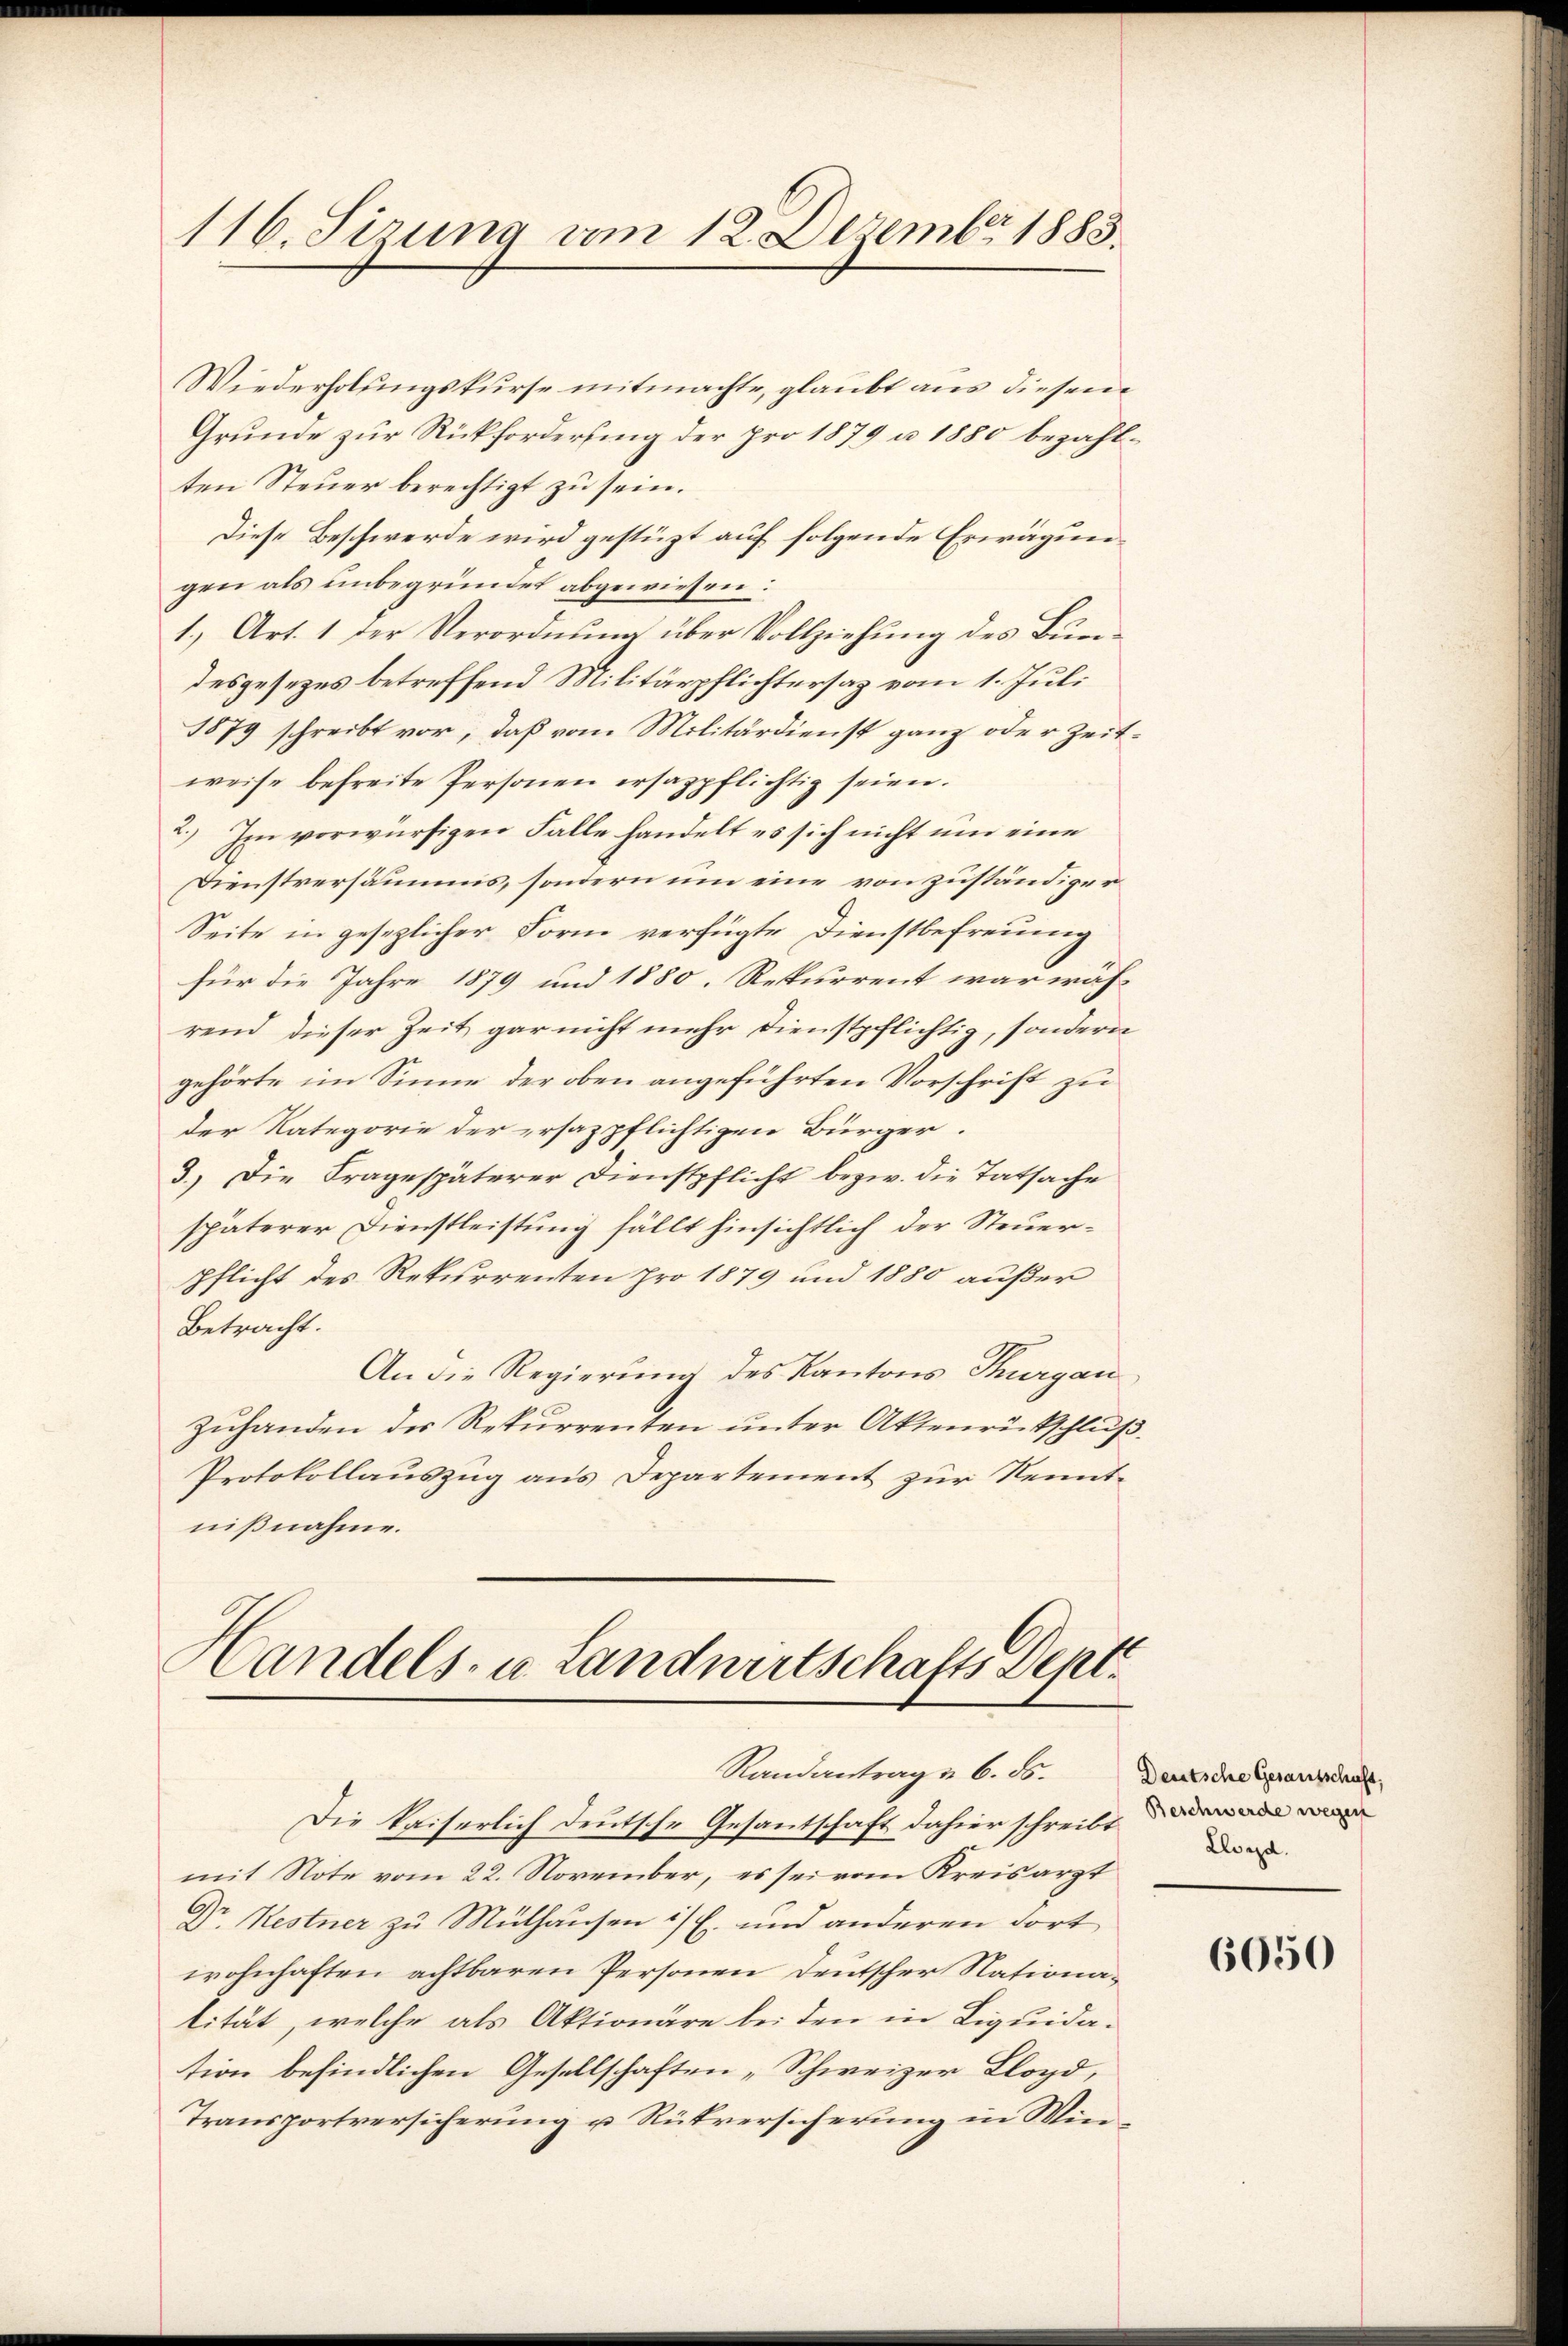
116. Serena vom 12. Dezember 1883.

Wiederholungskurse mitmachte, glaubt aus diesem
Grunde zur Rückforderung der pro 1879 u 1880 bezahlten Steuer berechtigt zu sein.
Diese Beschwerde wird gestüzt auf folgende Erwägungen als unbegründet abgewiesen:
1., Art. 1 der Verordnung über Vollziehung des Bundesgesezes betreffend Militärpflichtersaz vom 1. Juli
1879 schreibt vor, daß vom Militärdienst ganz oder Zeitweise befreite Personen ersazpflichtig seien.
2.) Im vorwürfigen Falle handelt es sich nicht um eine
Dienstversäumis, sondern um eine von zuständiger
Seite in gesezlicher Form verfügte Dienstbefreunig
für die Jahre 1879 und 1880. Rekurrent war wäh-
rend dieser Zeit gar nicht mehr dienstpflichtig, sondern
gehörte im Sinne der oben angeführten Vorschrift zu
der Kategorie der ersazpflichtigen Bürger.
3.) Die Fragespäterer Dienstpflicht bezw. die Tatsache
späterer Dienstleistung fällt hinsichtlich der Steuerpflicht des Rekurrenten pro 1879 und 1880 außer
Betracht.
An die Regierung des Kantons Thurgau
zuhanden der Rekurrenten unter Aktenrückschluß.
Protokollauszug aus Departement zur Kenntnißnahme.

Handels- u. Landwirtschafts Sept.
Randantrag & 6. Fr. Deutsche Gerausschaft,

Die kaiserlich deutsche Gesantschaft dahier schreibt
mit Note vom 22. November, es sei vom Kreisarzt
Dr. Restner zu Mülhausen ist. und anderen Fort
wohnhaften achtbaren Personen Deutscher Nationalität, welche als Aktionäre bei den in Liquidation befindlichen Gesellschaften „Schweizer Lloyd,
Transportversicherung u Rütversicherung in Wie¬

Beschwerde wegen
Lloyd

6050